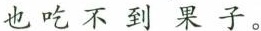
也吃不到果子。